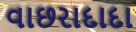
વાછરાદાદા